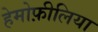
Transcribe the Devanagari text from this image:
हेमोफ़ीलिया